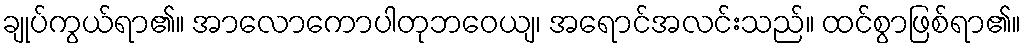
ချုပ်ကွယ်ရာ၏။ အာလောကောပါတုဘဝေယျ၊ အရောင်အလင်းသည်။ ထင်စွာဖြစ်ရာ၏။